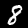
Digit: 8